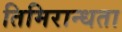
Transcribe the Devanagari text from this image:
तिमिरान्धता